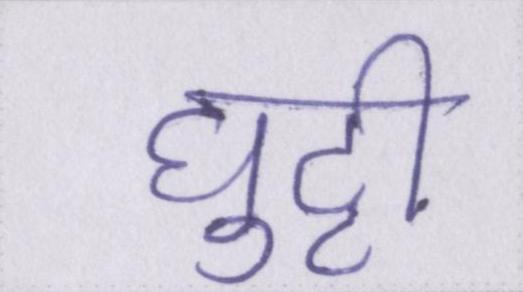
घुट्टी